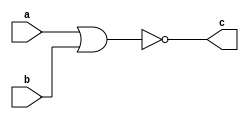
module NOR_dig(
    input a,
    input b,
    output c
    );
    assign c=~(a|b);
endmodule